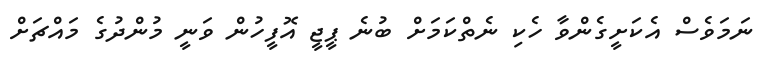
ނަމަވެސް އެކަށީގެންވާ ހެކި ނެތްކަމަށް ބުނެ ޕީޖީ އޮފީހުން ވަނީ މުންދުގެ މައްޗަށް